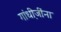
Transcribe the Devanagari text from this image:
गांधी़जींना